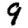
Digit: 9